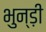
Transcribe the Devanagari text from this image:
भुन्ड़ी